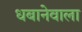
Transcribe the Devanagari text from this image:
धबानेवाला